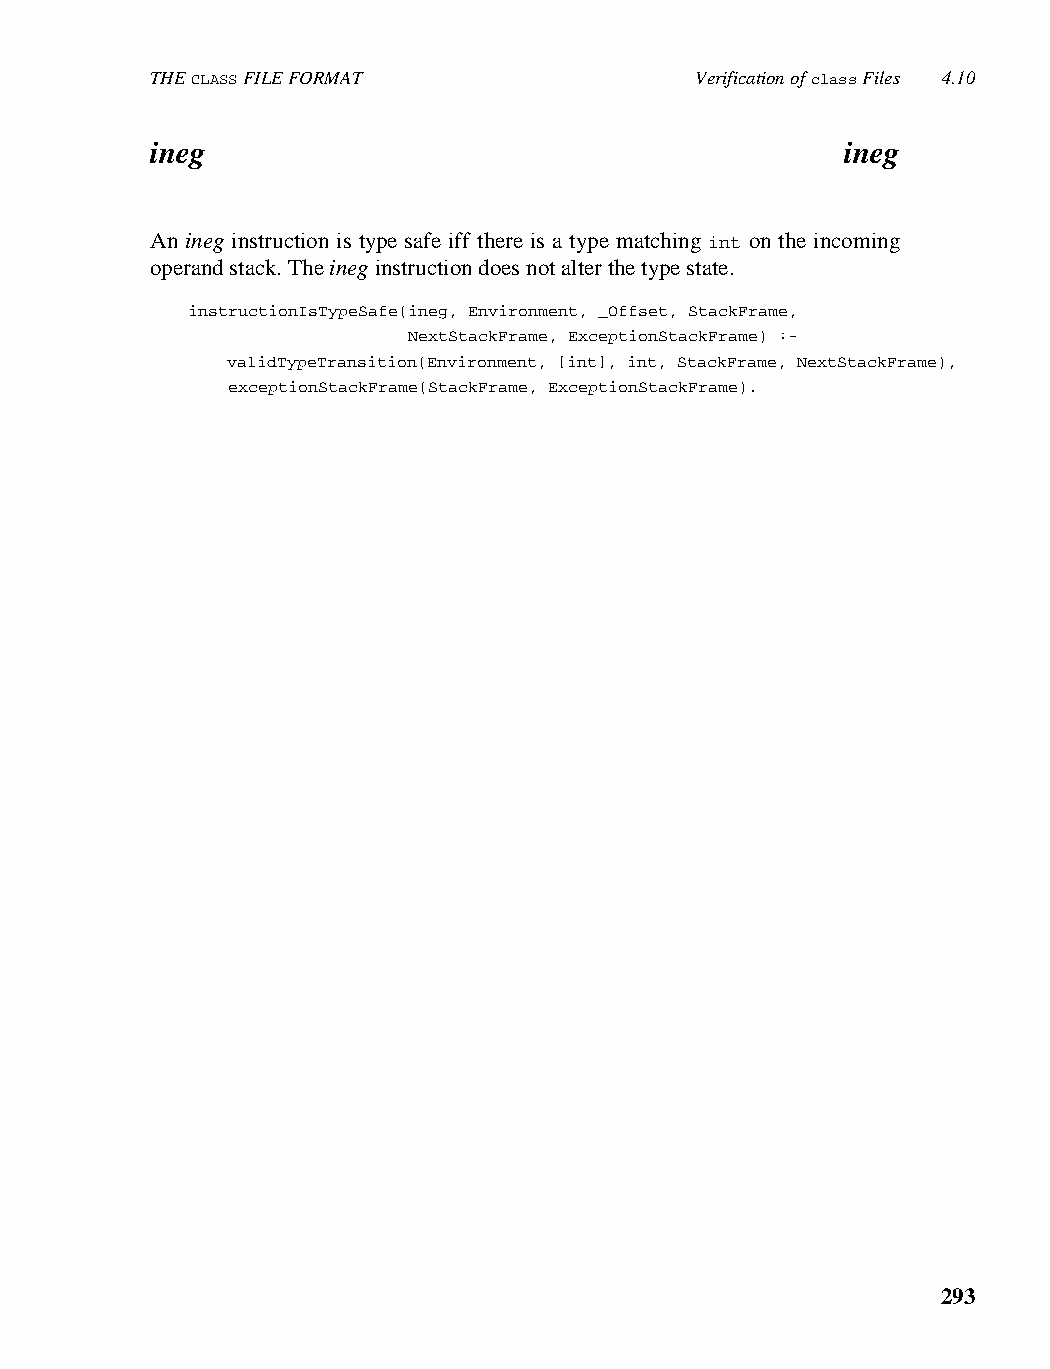
THE CLASS FILE FORMAT               Verification of class Files 4.10
 ineg                                          ineg
 An ineg instruction is type safe iff there is a type matching int on the incoming
 operand stack. The ineg instruction does not alter the type state.
 instructionIsTypeSafe(ineg, Environment, _Offset, StackFrame,
 NextStackFrame, ExceptionStackFrame) :-
 validTypeTransition(Environment, [int], int, StackFrame, NextStackFrame),
 exceptionStackFrame(StackFrame, ExceptionStackFrame).
 293